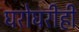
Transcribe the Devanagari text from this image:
घरोघरीही